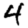
Digit: 4